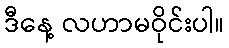
ဒီနေ့ လဟာမဝိုင်းပါ။